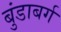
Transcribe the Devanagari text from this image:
बुंडाबर्ग